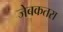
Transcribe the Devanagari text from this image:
जेबकतरा